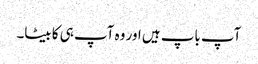
آپ باپ ہیں اور وہ آپ ہی کا بیٹا۔